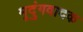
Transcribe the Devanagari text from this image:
मृदुंगवादक